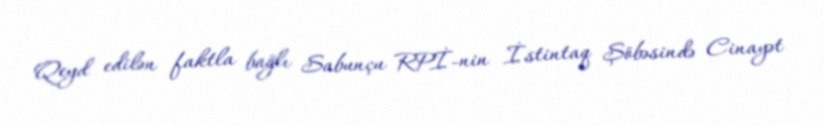
Qeyd edilən faktla bağlı Sabunçu RPİ-nin İstintaq Şöbəsində Cinayət